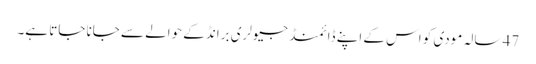
47 سالہ مودی کو اس کے اپنے ڈائمنڈ جیولری برانڈ کے حوالے سے جانا جاتا ہے۔